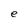
Character: e